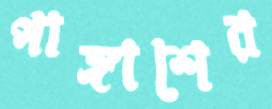
পাঙ্গাশের